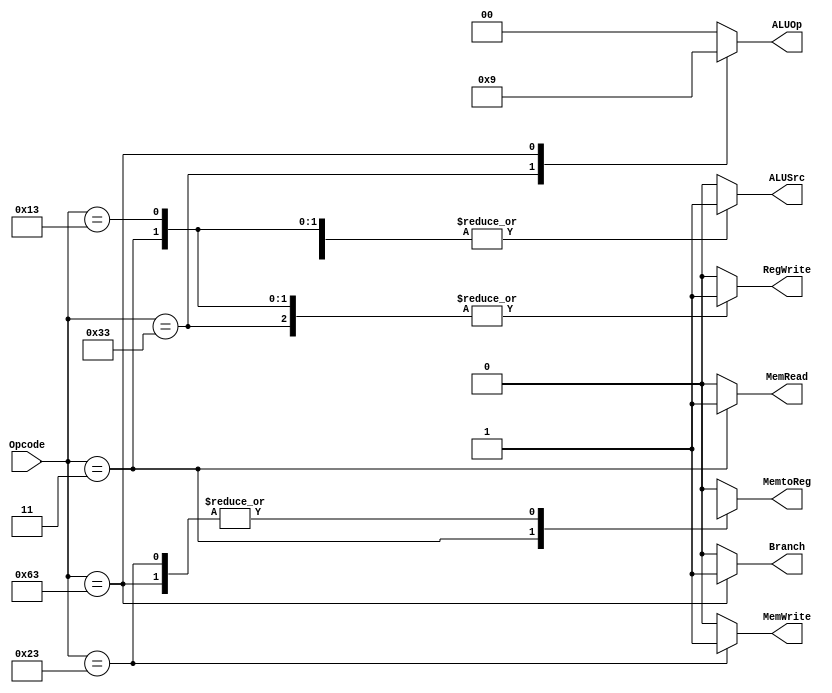
module Control_Unit
(
	input [6:0] Opcode,
	output reg Branch, MemRead, MemtoReg, MemWrite, ALUSrc, RegWrite,
	output reg [1:0] ALUOp
);

	always @ (Opcode)
	begin
		case (Opcode)
			7'b0110011: //R type (51)
				begin
					Branch = 0;
					MemRead = 0;
					MemtoReg = 0;
					MemWrite = 0;
					ALUSrc = 0;
					RegWrite = 1;
					ALUOp = 2'b10;
				end
			7'b0000011: //ld (3)
				begin
					Branch = 0;
					MemRead = 1;
					MemtoReg = 1;
					MemWrite = 0;
					ALUSrc = 1;
					RegWrite = 1;
					ALUOp = 2'b00;
				end
			7'b0010011: //addi (19)
				begin
					Branch = 0;
					MemRead = 0;
					MemtoReg = 0;
					MemWrite = 0;
					ALUSrc = 1;
					RegWrite = 1;
					ALUOp = 2'b00;
				end

			7'b0100011: // I type SD  (35)
				begin
					Branch = 0;
					MemRead = 0;
					MemtoReg = 1'bx;
					MemWrite = 1;
					ALUSrc = 1;
					RegWrite = 0;
					ALUOp = 2'b00;
				end
			7'b1100011://SB type blt and beq  99
				begin
					Branch = 1;
					MemRead = 0;
					MemtoReg = 1'bx;
					MemWrite = 0;
					ALUSrc = 0;
					RegWrite = 0;
					ALUOp = 2'b01;
				end
			default:
               begin
                ALUSrc   = 1'b0;
                MemtoReg = 1'b0;
                RegWrite = 1'b0;
                MemRead  = 1'b0;
                MemWrite = 1'b0;
                Branch   = 1'b0;
                ALUOp    = 2'b00;     
               end
		endcase
	end

endmodule